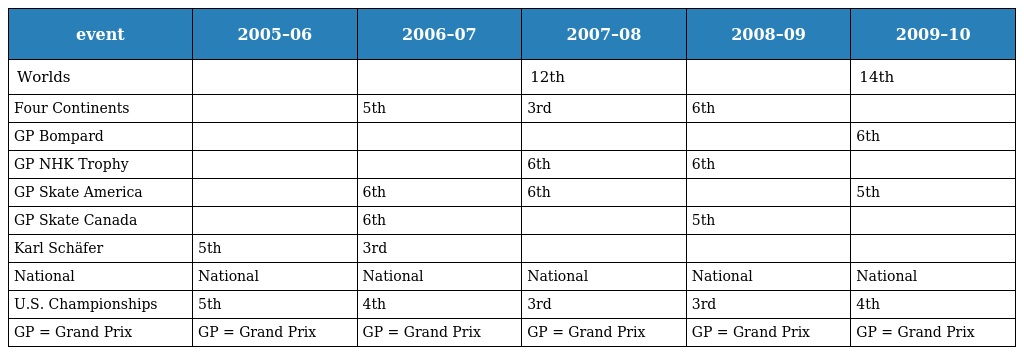
| event | 2005–06 | 2006–07 | 2007–08 | 2008–09 | 2009–10 |
 | --- | --- | --- | --- | --- | --- |
 | Worlds |  |  | 12th |  | 14th |
 | Four Continents |  | 5th | 3rd | 6th |  |
 | GP Bompard |  |  |  |  | 6th |
 | GP NHK Trophy |  |  | 6th | 6th |  |
 | GP Skate America |  | 6th | 6th |  | 5th |
 | GP Skate Canada |  | 6th |  | 5th |  |
 | Karl Schäfer | 5th | 3rd |  |  |  |
 | National | National | National | National | National | National |
 | U.S. Championships | 5th | 4th | 3rd | 3rd | 4th |
 | GP = Grand Prix | GP = Grand Prix | GP = Grand Prix | GP = Grand Prix | GP = Grand Prix | GP = Grand Prix |